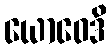
ယောဝေဒိ